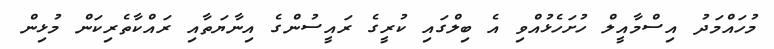
މުހައްމަދު އިސްމާއީލް ހުށަހެޅުއްވި އެ ބިލްގައި ކުރީގެ ރައީސުންގެ އިނާޔަތާއި ރައްކާތެރިކަން މުޅިން